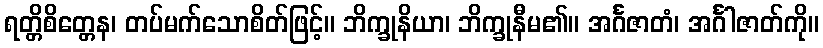
ရတ္တိစိတ္တေန၊ တပ်မက်သောစိတ်ဖြင့်။ ဘိက္ခုနိယာ၊ ဘိက္ခုနီမ၏။ အင်္ဂဇာတံ၊ အင်္ဂါဇာတ်ကို။